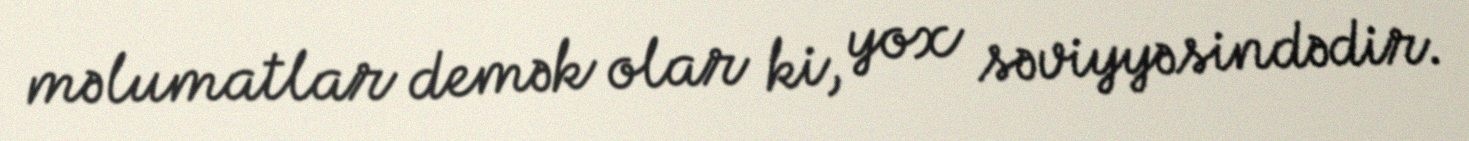
məlumatlar demək olar ki, yox səviyyəsindədir.